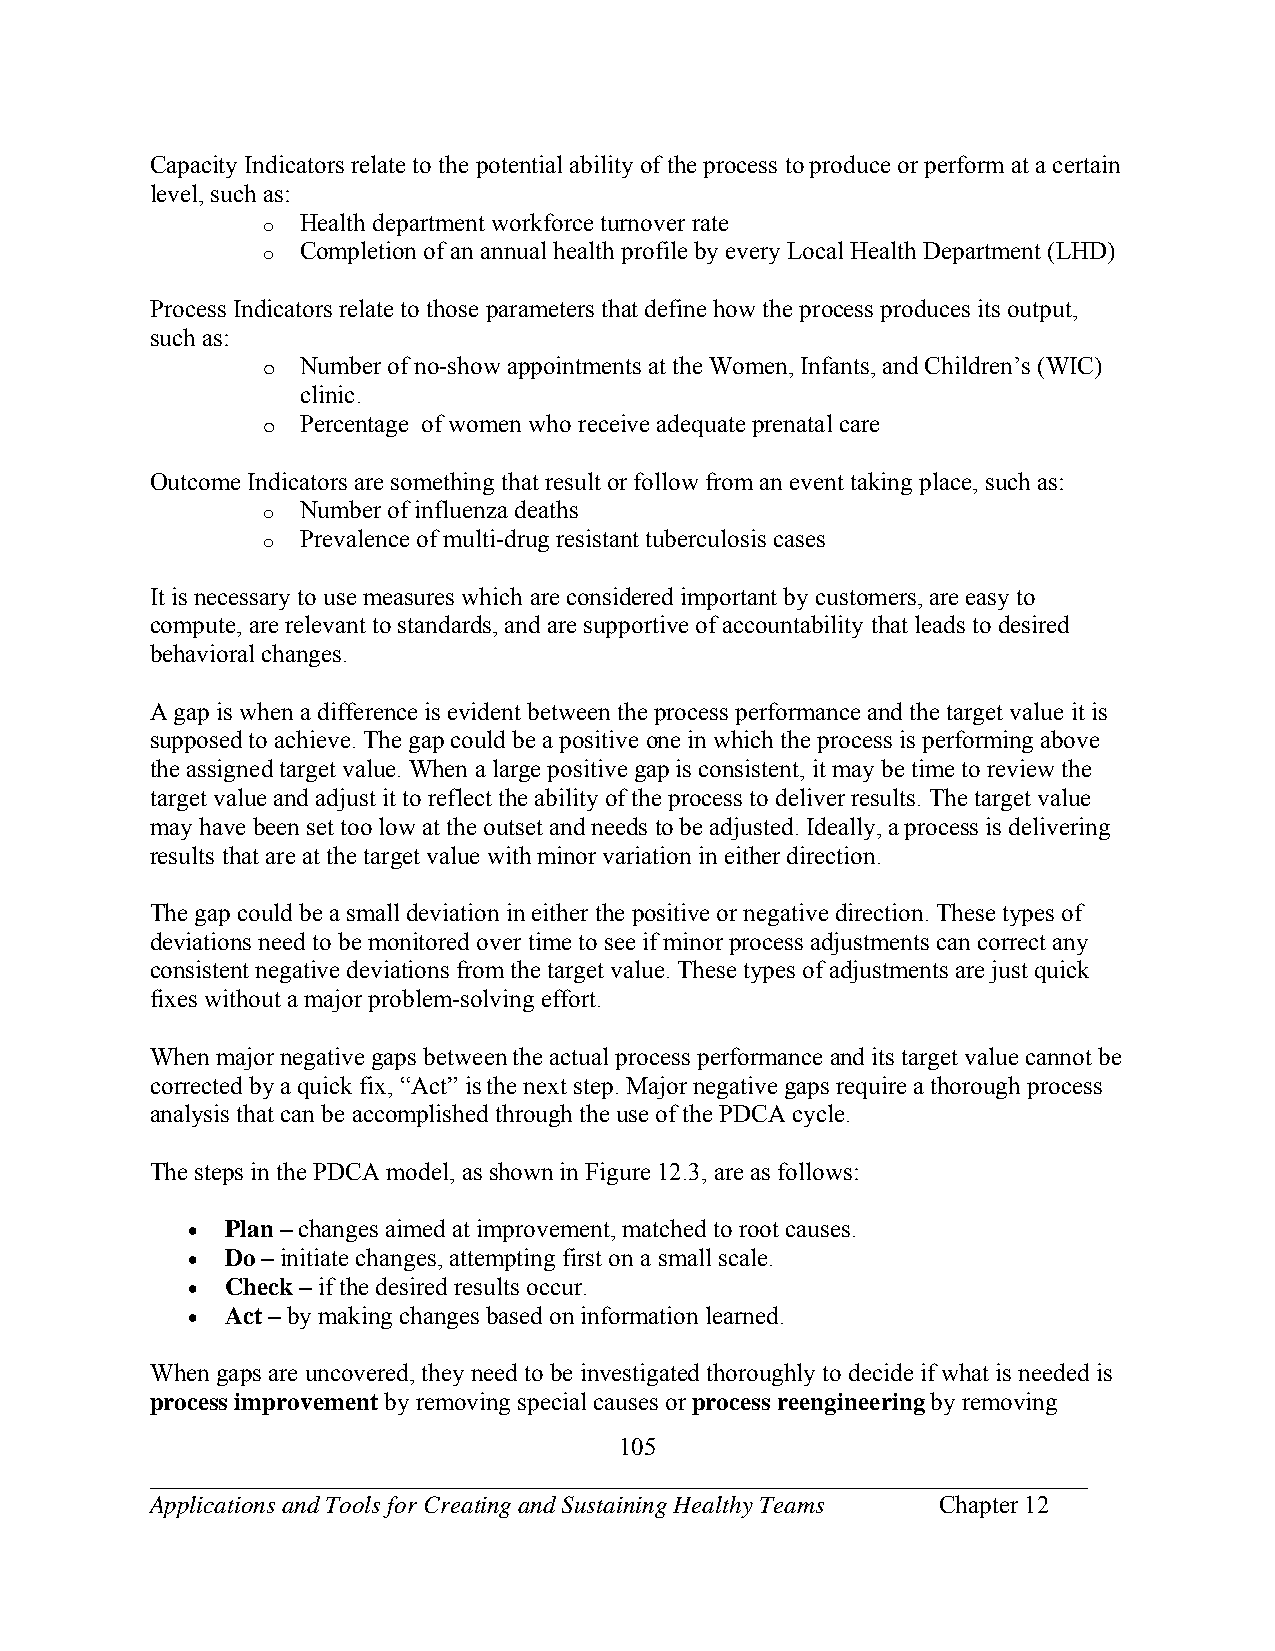
Capacity Indicators relate to the potential ability of the process to produce or perform at a certain
 level, such as:
 o
 Health department workforce turnover rate
 o
 Completion of an annual health profile by every Local Health Department (LHD)
 Process Indicators relate to those parameters that define how the process produces its output,
 such as:
 o  Number of no-show appointments at the Women, Infants, and Children’s (WIC)
 clinic.
 o  Percentage of women who receive adequate prenatal care
 Outcome Indicators are something that result or follow from an event taking place, such as:
 o
 Number of influenza deaths
 o
 Prevalence of multi-drug resistant tuberculosis cases
 It is necessary to use measures which are considered important by customers, are easy to
 compute, are relevant to standards, and are supportive of accountability that leads to desired
 behavioral changes.
 A gap is when a difference is evident between the process performance and the target value it is
 supposed to achieve. The gap could be a positive one in which the process is performing above
 the assigned target value. When a large positive gap is consistent, it may be time to review the
 target value and adjust it to reflect the ability of the process to deliver results. The target value
 may have been set too low at the outset and needs to be adjusted. Ideally, a process is delivering
 results that are at the target value with minor variation in either direction.
 The gap could be a small deviation in either the positive or negative direction. These types of
 deviations need to be monitored over time to see if minor process adjustments can correct any
 consistent negative deviations from the target value. These types of adjustments are just quick
 fixes without a major problem-solving effort.
 When major negative gaps between the actual process performance and its target value cannot be
 corrected by a quick fix, “Act” is the next step. Major negative gaps require a thorough process
 analysis that can be accomplished through the use of the PDCA cycle.
 The steps in the PDCA model, as shown in Figure 12.3, are as follows:
   Plan – changes aimed at improvement, matched to root causes.
   Do – initiate changes, attempting first on a small scale.
   Check – if the desired results occur.
   Act – by making changes based on information learned.
 When gaps are uncovered, they need to be investigated thoroughly to decide if what is needed is
 process improvement by removing special causes or process reengineering by removing
 105
 ___________________________________________________________________________
 Applications and Tools for Creating and Sustaining Healthy Teams Chapter 12